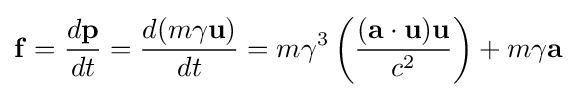
\mathbf {f} ={\frac {d\mathbf {p} }{dt}}={\frac {d(m\gamma \mathbf {u} )}{dt}}=m\gamma ^{3}\left({\frac {(\mathbf {a} \cdot \mathbf {u} )\mathbf {u} }{c^{2}}}\right)+m\gamma \mathbf {a}